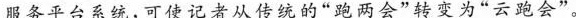
服务平台系统，可使记者从传统的”跑两会”转变为”云跑会”。